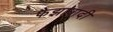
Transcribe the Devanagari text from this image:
फैझाबादी